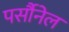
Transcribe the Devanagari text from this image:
पर्सौनेल